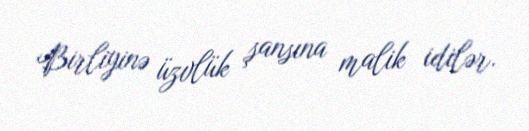
Birliyinə üzvlük şansına malik idilər.